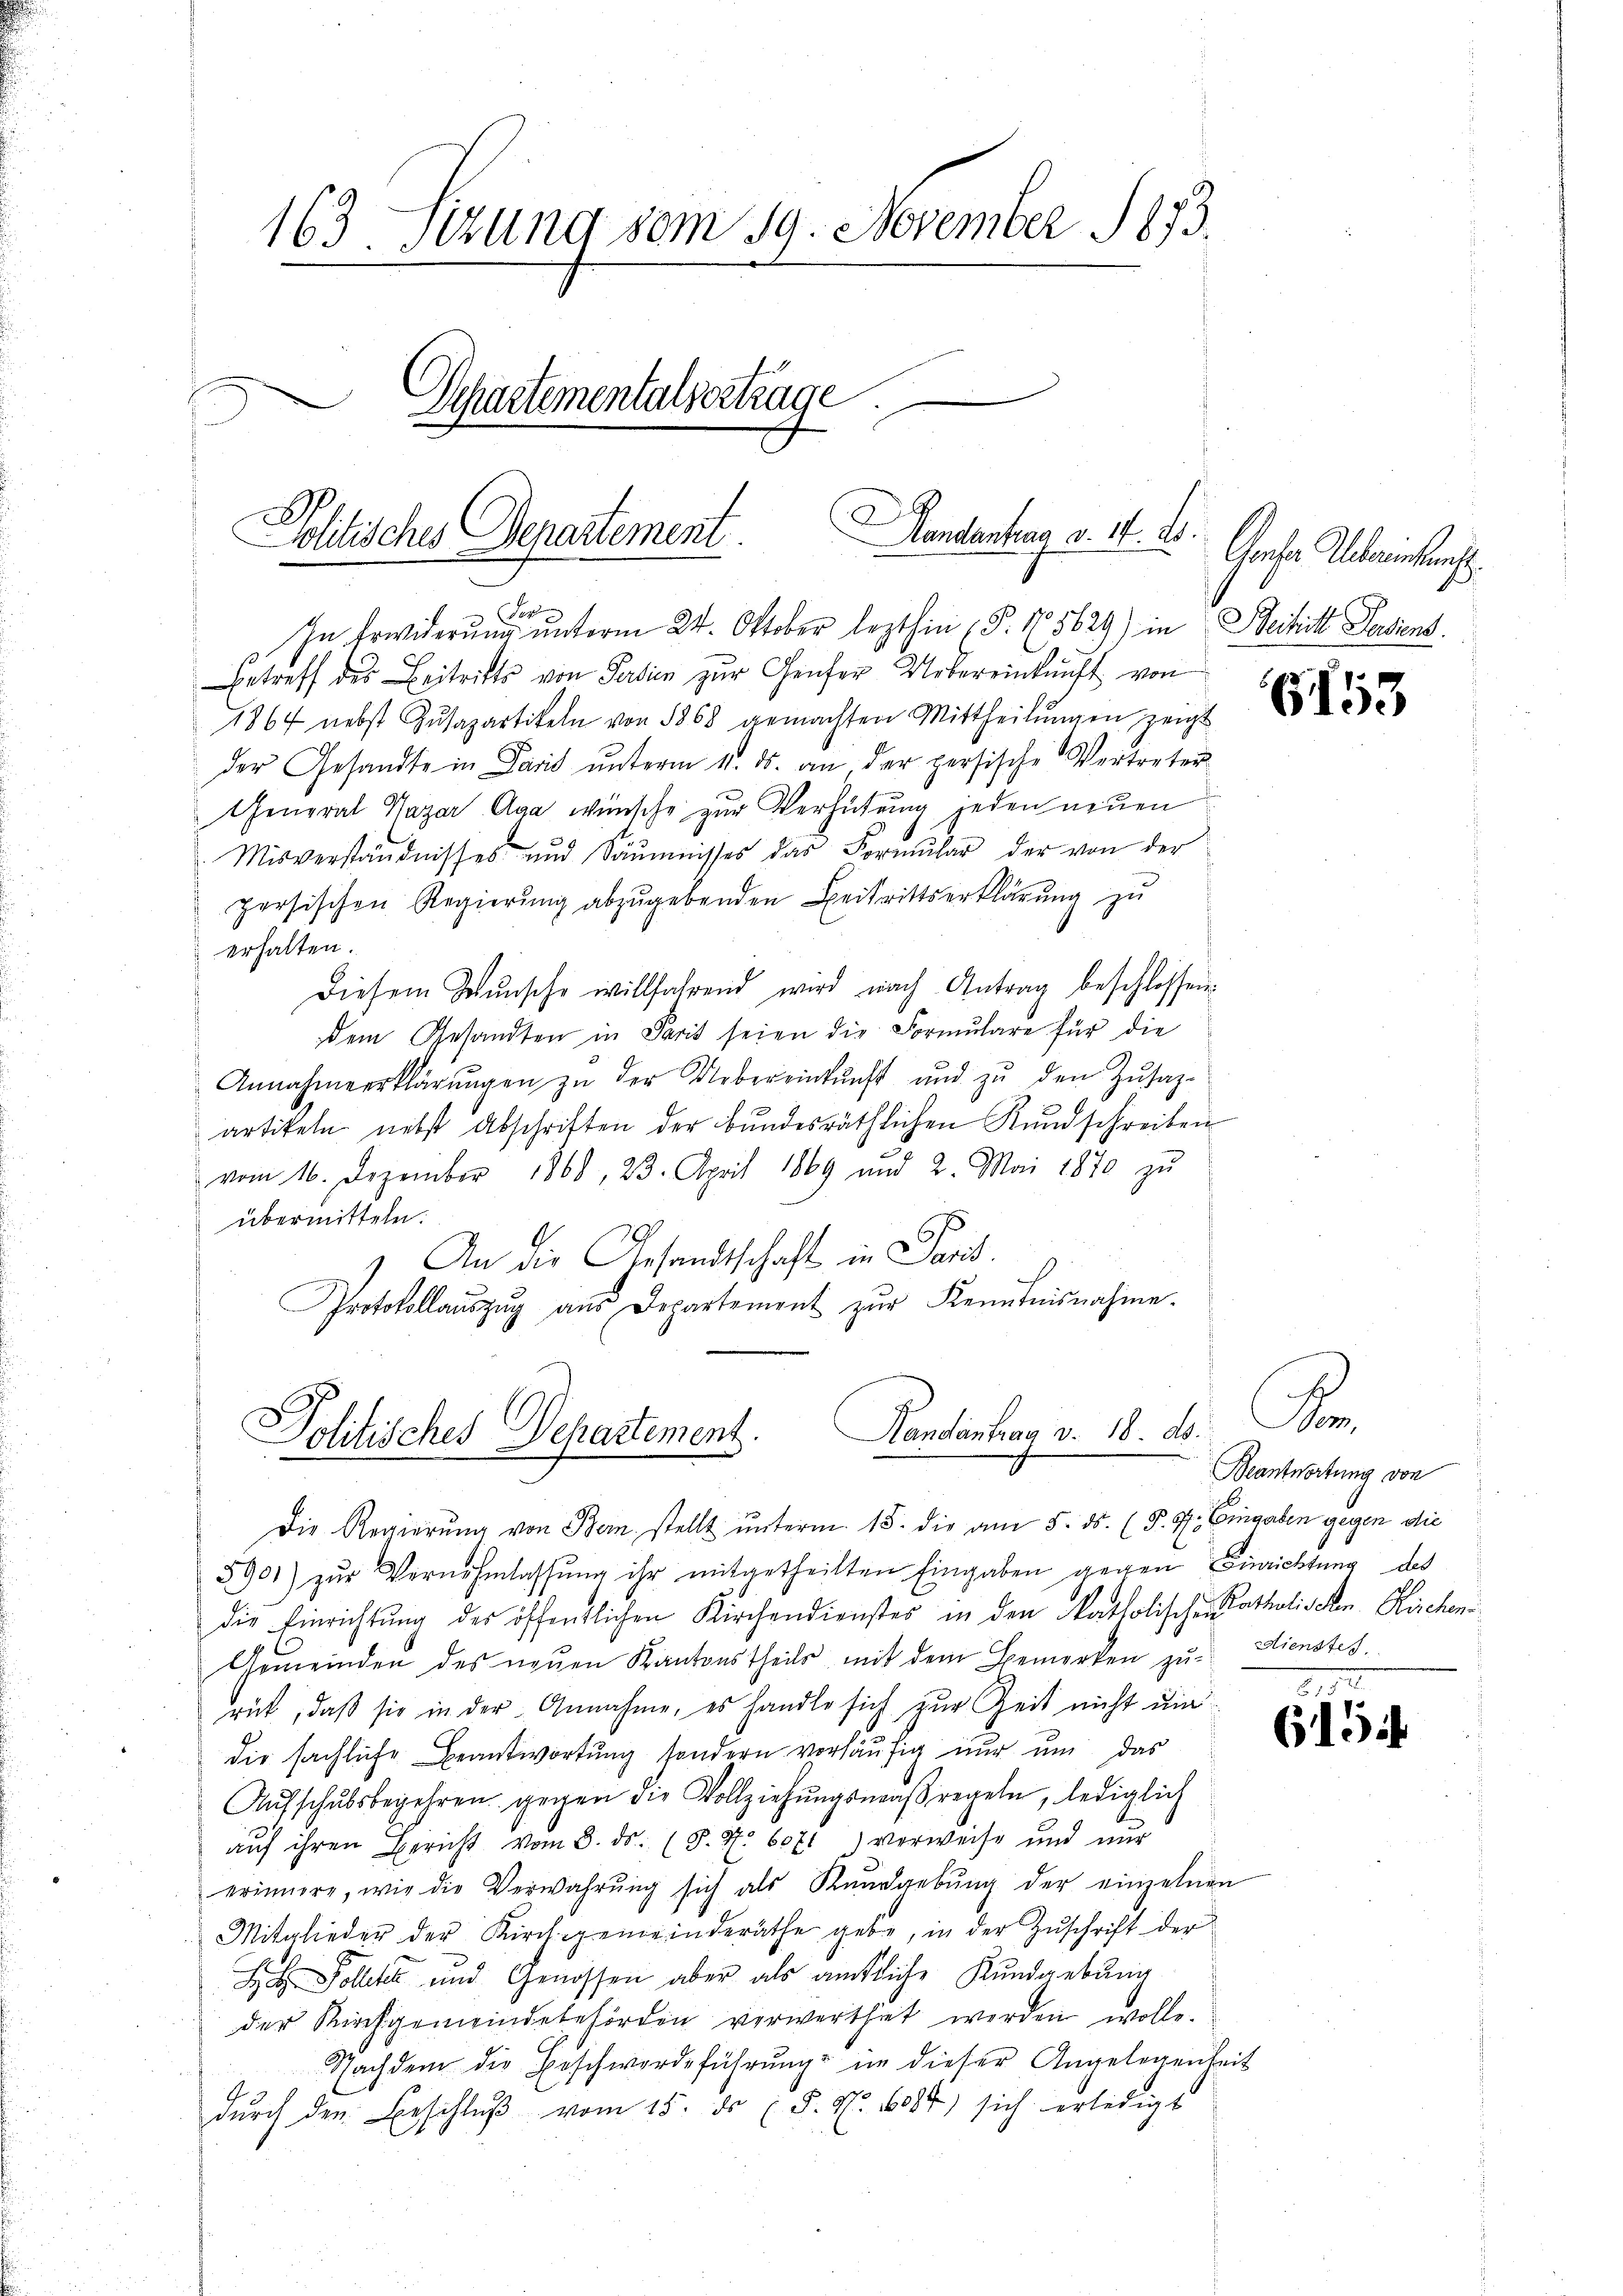
163. Sizung vom 19. November 1873.
Schartementalvertrage
Handentrag v. 14. 21.
Politisches Departement.

Fer
In Erwiderŭng ŭnterm 24. Oktober lezthin (§. 15629) in Beihitt Ferdiens.
Betreff des Beitritts von Ferdien zur Genfer Uebereinkunft von
1864 nebst Zŭsapartikeln von 1868 gemachten Mittheilŭngen zeigt
der Gesandte in Paris ŭnterm 11. ds. an der persische Vertreten
General Nazar Olga wünsche zur Verhütung jeden neuen
Misverständnisses und Säumnisses das Formŭlar der von der
persischen Regierŭng abzŭgebenden Beitrittserklärŭng zŭ
erhalten.
Diesem Wunsche willfahrend wird nach Antrag beschlossen.
dem Gesandten in Paris seien die Formulare für die
Annahmeerklärŭngen zŭ der Uebereinkunft und zŭ den Zŭsaz-
artikeln nebst Abschriften der Bŭndesräthlichen Kundschreiben
vom 16. Dezember 1868, 23. April 1869 und 2. Mai 1870 zŭ
übermitteln.
6
9
) An die Gesandtschaft in Paris.
Protokollaŭszŭg aŭs Departement zŭr Kenntnisnahme.

Randantrag v. 18. d.
Politisches Departement.
.

Grochen Albereinkunft.

Die Regierŭng von Bern stellt ŭnterm 15. die am 5. ds. (§. 9. Eingaben gegen die
5901) zŭr Vernehmlassŭng ihr mitgetheilten Eingaben gegen Einrichtung des
die Einrichtung der öffentlichen Kirchendienstes in den katholischen Katholischen Kirchen
Gemeinden des neŭen Kantonstheils mit dem Bemerken zu Dienstes
rück, daß sie in der Annahme, es handlo sich zur Zeit nicht und
die sächliche Beantwortung sondern vorläufig nur um das
Aŭfschŭlsbegehren gegen die Vollziehŭngsmaßregeln, lediglich
aŭf ihren Bericht vom 3. ds. (T. No 6071) verweise und nur
erinnere, wie die Verwahrŭng sich als Kundgebŭng der einzelnen
Mitglieder der Kirchgemeinderäthe gebe, in der Zŭschrift der
ollet und Genossen aber als amtliche Kundgebung
der Kirchgemeindebehörden verwerthet werden wolle.
Nachdem die Beschwerdeführung in dieser Angelegenheit
dŭrch den Beschlŭβ vom 15. ds (S. Nr. 1084) sich erledigt

153

x
Beantwortung von

2
6154